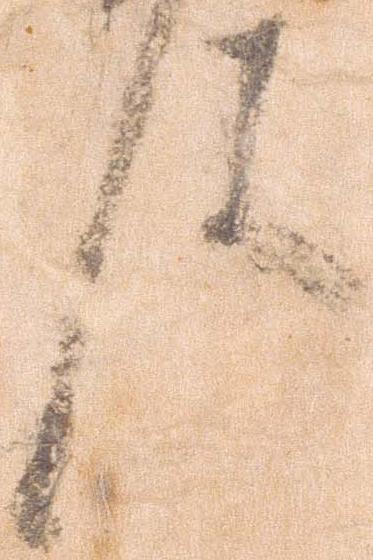
件